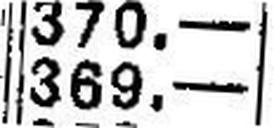
369.—